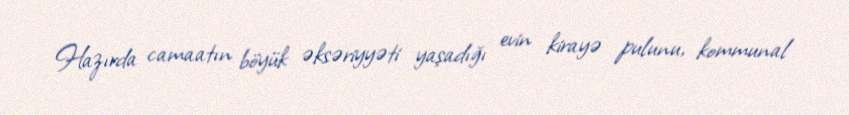
Hazırda camaatın böyük əksəriyyəti yaşadığı evin kirayə pulunu, kommunal